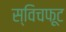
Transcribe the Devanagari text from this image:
स्विचफूट